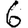
Digit: 6